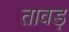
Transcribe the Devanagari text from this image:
तावड़ू